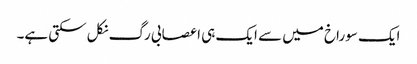
ایک سوراخ میں سے ایک ہی اعصابی رگ نکل سکتی ہے۔